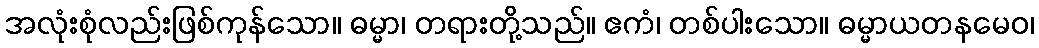
အလုံးစုံလည်းဖြစ်ကုန်သော။ ဓမ္မာ၊ တရားတို့သည်။ ဧကံ၊ တစ်ပါးသော။ ဓမ္မာယတနမေဝ၊